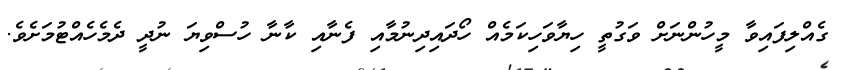
ގެއްލިފައިވާ މީހުންނަށް ވަގުތީ ހިޔާވަހިކަމެއް ހޯދައިދިނުމާއި ފެނާއި ކާނާ ހުސްވިޔަ ނުދީ ދެމެހެއްޓުމަށެވެ.